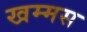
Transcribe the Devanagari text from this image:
खम्मस